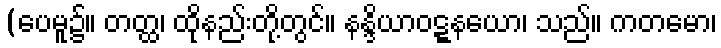
(ပေမူ၌။ တတ္ထ၊ ထိုနည်းတို့တွင်။ နန္ဒိယာဝဋ္ဋနယော၊ သည်။ ကတမော၊